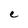
Character: e